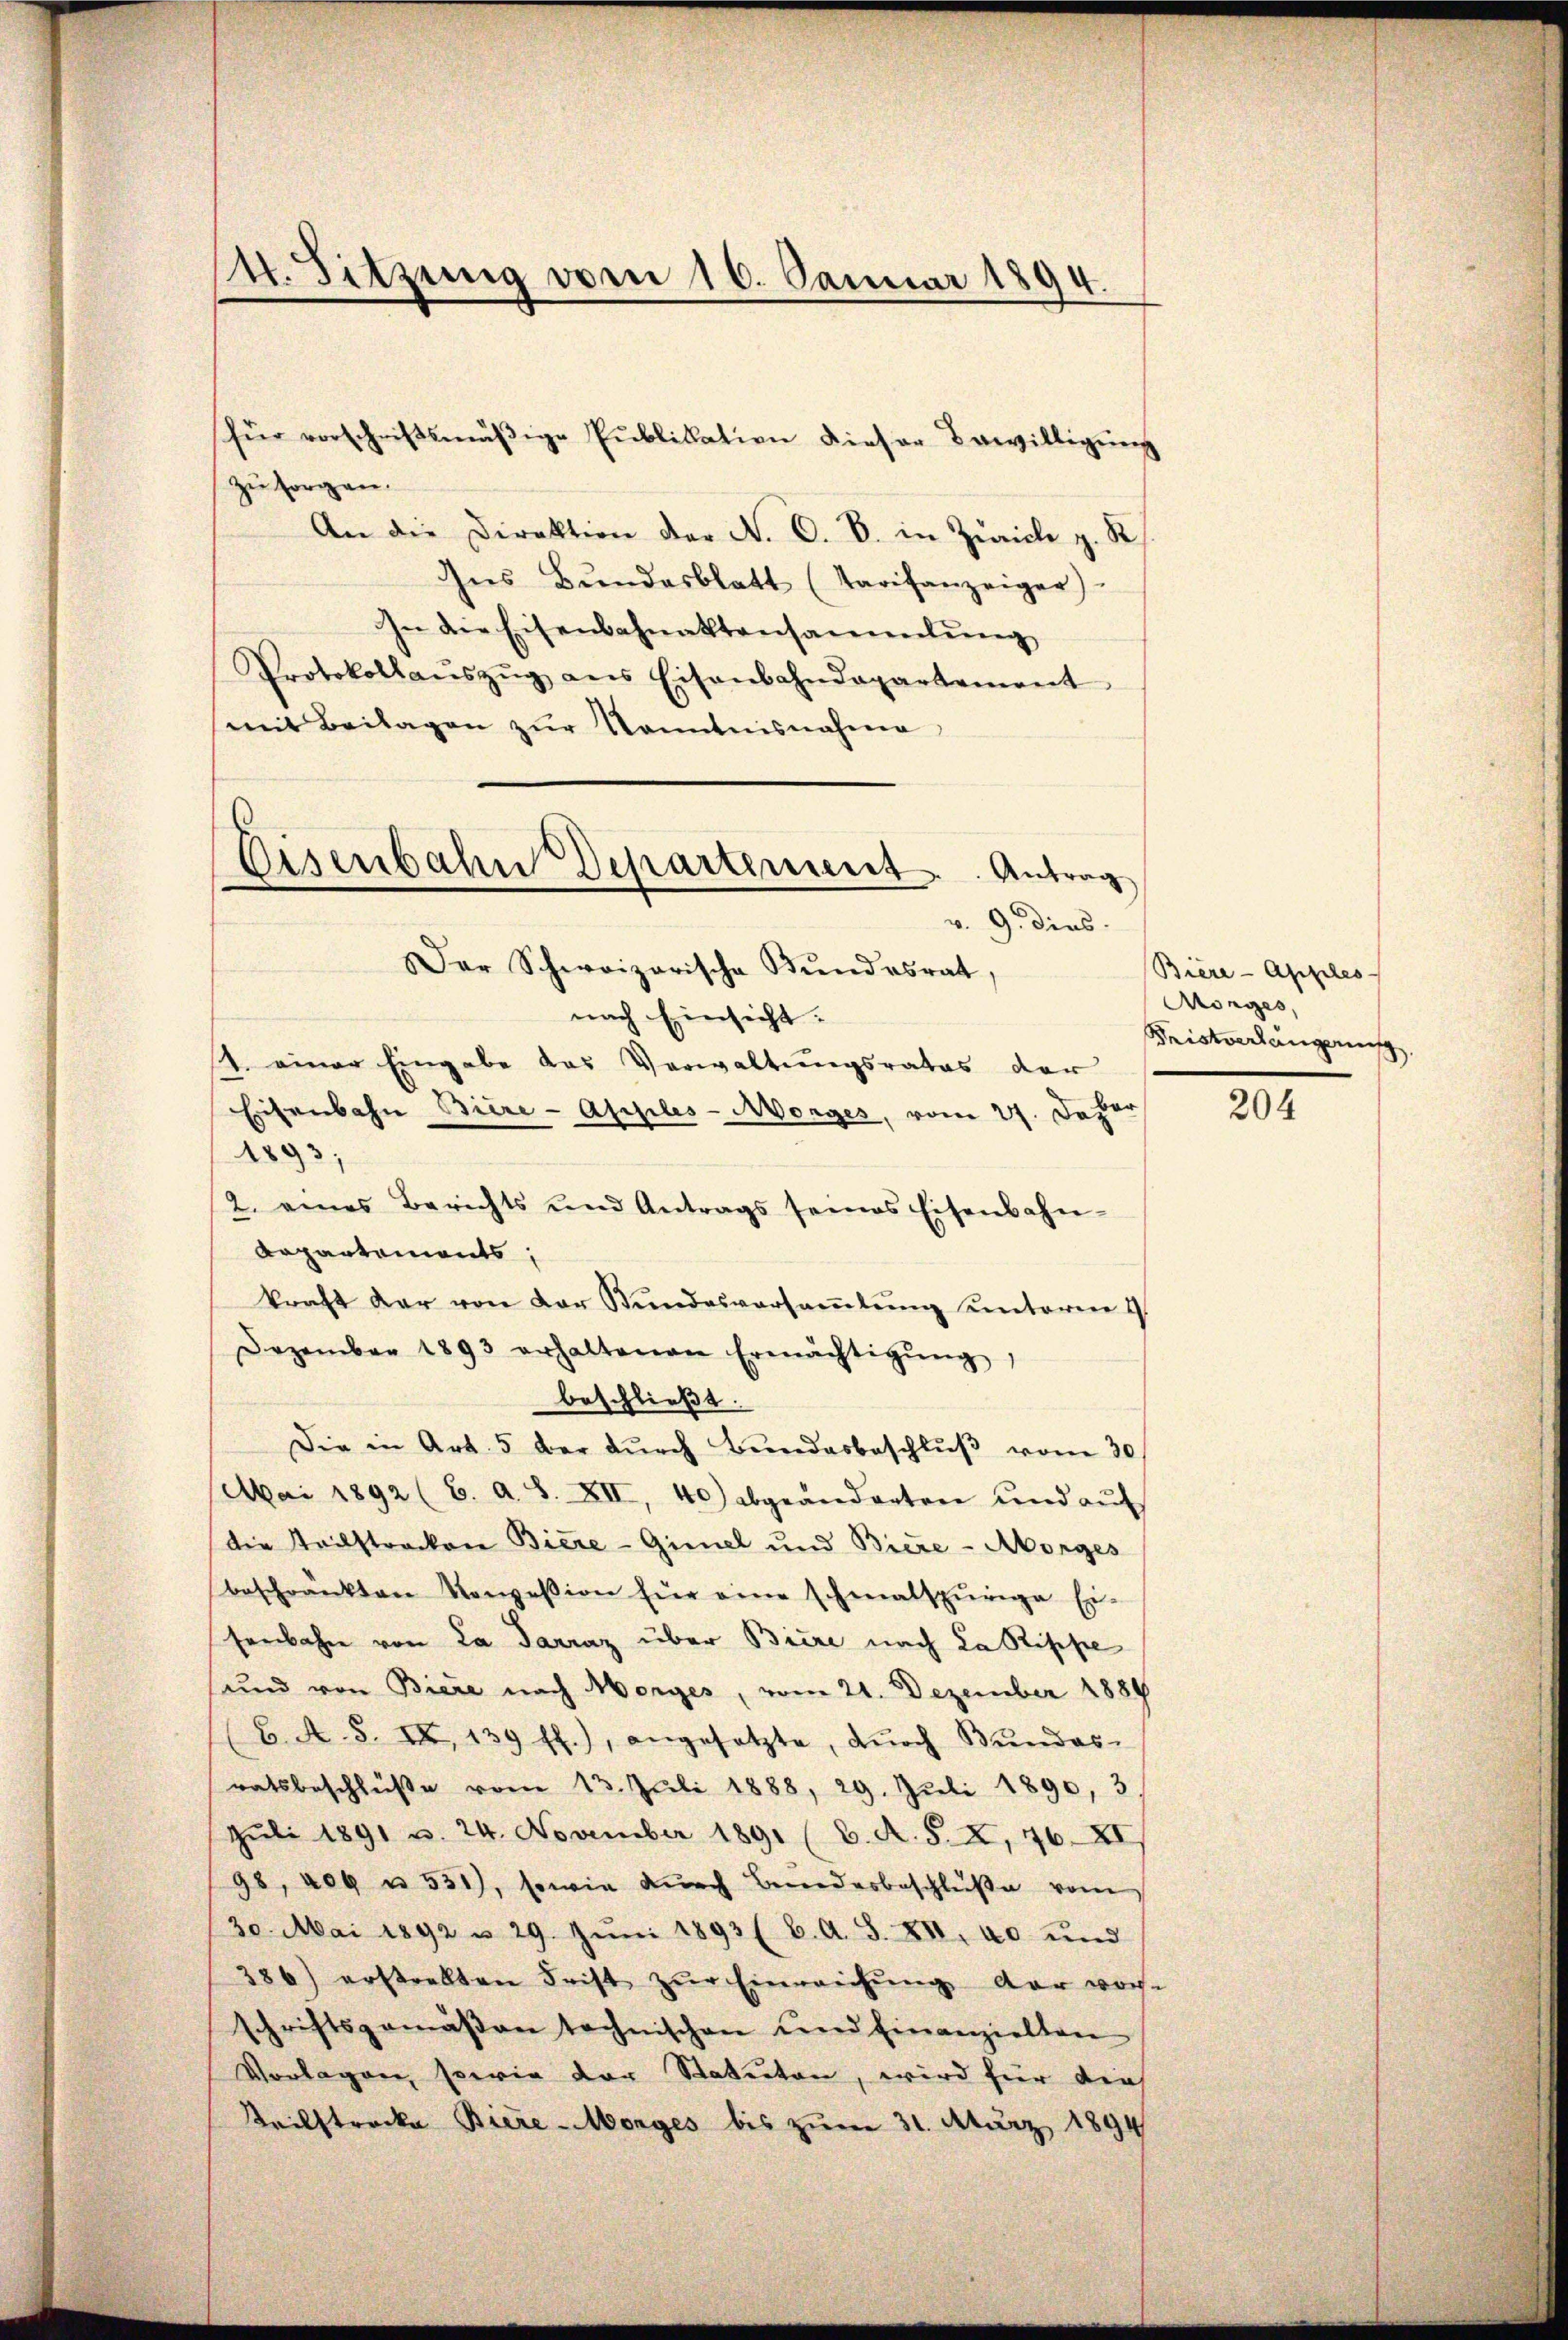
für vorschriftsmäβige Pŭblikation dieser Bewilligŭng
zu sorgen.
An die Direktion der N. V. B. in Zürich z. K.
Ins Bŭndesblatt (Tarifanzeiger)
In die Eisenbahnaktansammlung
Protokollanszŭg ans Eisenbahndepartement
mit Beilagen zŭr Kenntnisnahme
Der Schweizerische Bundesrat,
nach Einsicht.
4. einer Eingabe das Verwaltungsrates der
Eisenbahn Biere-Apples-Morges, vom 27. Depar
1893;
2. eines Berichts und Antrags seines Eisenbahn-
Rapartements,
kraft dar von der Stŭndesversaṁlŭng unterm 9.
Dezember 1893 erhaltenen Ermächtigŭng,
beschließt:
Die in Art. 5 ber dŭrch Bundesbeschlŭβ vom 30.
Mai 1892 (C. a. S. XII, 40) abgeändereten und aŭf
die Teilstracken Biere-Gimel und Biere - Morges
beschränkten Konzession für eine schmalspurige Ei-
senbahn von La Parraz über Biere nach La Rippe
sund von Biere nach Morges, vom 21. Dezember 1889
(6. A. S. IX, 139 ff.), angesetzte, dŭrch Bŭndes-
ratsbeschlüβe vom 13. Juli 1888, 29. Juli 1890, 3
Juli 1891 u. 24. November 1891 (C. A. S. X, 76 XI
98, 409 u. 531), sowie dŭrch Bundesbeschlüβe vom
30. Mai 1892 u. 29. Jŭni 1893 (C. A. S. XI. 40 und
386) erstrebten Frist zŭr Einreichŭng der vor-
schriftsgemäßen technischen und Einanzielten
Vorlagen, sowie der Statuten, wird für die
Teilstrecke Biere-Morges bis zum 31. März 1894

14. Sitzung vom 16. Januar 1894.

Eisenbahn Departement. Antrag
v. 9. dies

Biere - Apples
Morges,
Fristverlangerung

204